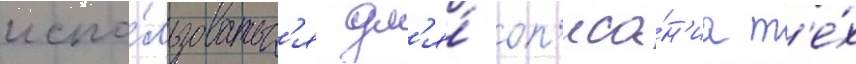
испо́льзоватьс'я дл'я́ оп'иса́н'иа т'е́х